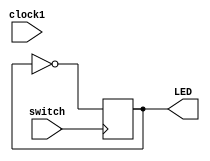
module onoff (switch, LED, clock1);

input switch, clock1;
output reg LED;

always @(posedge switch)

begin

#1000000000;
 LED=!LED;


end

endmodule